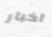
اخبار